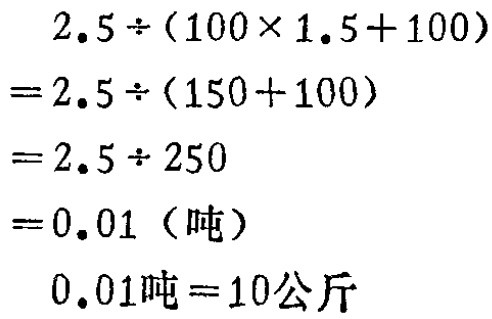
\[
\begin{align*}
&2.5\div(100\times1.5 + 100)\\
=&2.5\div(150 + 100)\\
=&2.5\div250\\
=&0.01 \text{（吨）}\\
&0.01\text{吨}=10\text{公斤}
\end{align*}
\]